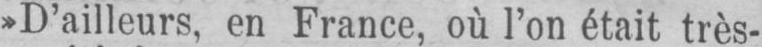
»D’ailleurs, en France, où l’on était très-